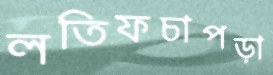
লতিফচাপড়া